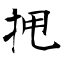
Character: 𫝺